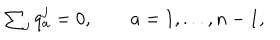
\begin{array} { l c r } { { \sum _ { j } q _ { a } ^ { j } = 0 , \qquad a = 1 , . . . , n - 1 , } } \\ \end{array}